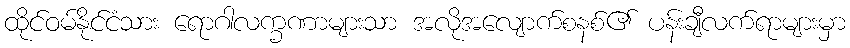
ထိုင်ဝမ်နိုင်ငံသား ရောဂါလက္ခဏာများသာ အလိုအလျောက်စနစ်၏ ပန်းချီလက်ရာများမှာ